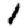
Digit: 1